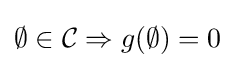
\emptyset \in {\mathcal {C}}\Rightarrow g(\emptyset )=0